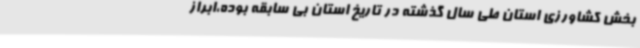
بخش کشاورزی استان طی سال گذشته در تاریخ استان بی سابقه بوده،ابراز